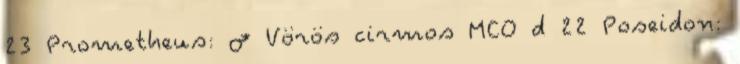
23 Prometheus: ♂ Vörös cirmos MCO d 22 Poseidon: